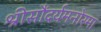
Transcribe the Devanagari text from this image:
श्रीसौंदर्यमनोरमा